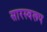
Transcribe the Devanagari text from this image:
सारस्वरूप